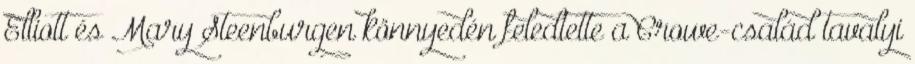
Elliott és Mary Steenburgen könnyedén feledtette a Crowe-család tavalyi